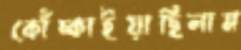
কোঁচ্‌কাইয়াছিলাম